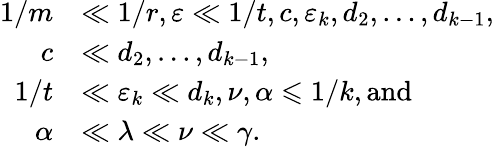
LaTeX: \begin{array}{rl}{1/m}&{\ll 1/r,\varepsilon\ll 1/t,c,\varepsilon_{k},d_{2},\dots,d_{k-1},}\\ {c}&{\ll d_{2},\dots,d_{k-1},}\\ {1/t}&{\ll\varepsilon_{k}\ll d_{k},\nu,\alpha\leqslant 1/k,\mathrm{and}}\\ {\alpha}&{\ll\lambda\ll\nu\ll\gamma.}\end{array}